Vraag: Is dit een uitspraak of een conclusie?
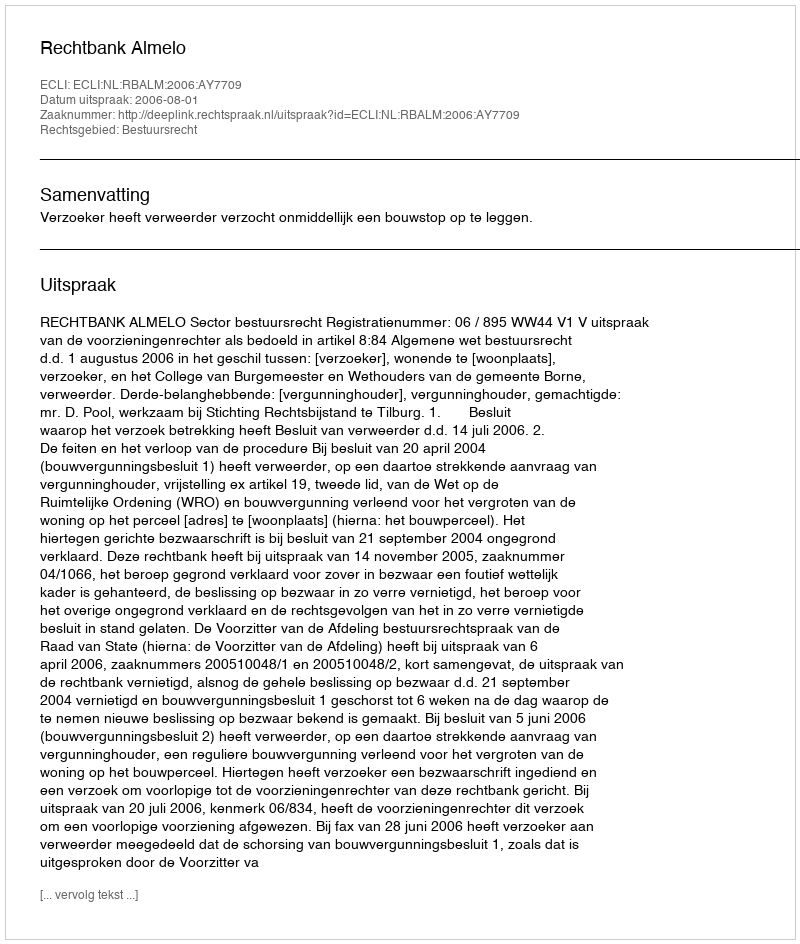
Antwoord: Uitspraak